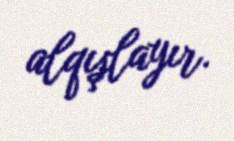
alqışlayır.